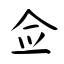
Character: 佥